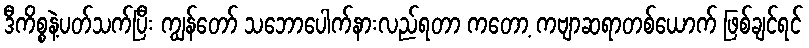
ဒီကိစ္စနဲ့ပတ်သက်ပြီး ကျွန်တော် သဘောပေါက်နားလည်ရတာ ကတော့ ကဗျာဆရာတစ်ယောက် ဖြစ်ချင်ရင်